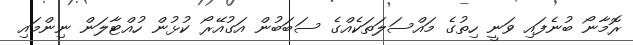
ރޮމާނޯ ބުނެފައި ވަނީ ހިތުގެ މައްސަލަތަކެއްގެ ސަބަބުން އަގުއޭރޯ ކުޅުން ހުއްޓާލަން ނިންމައި